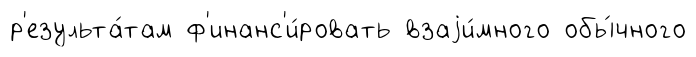
р'езульта́там ф'инанс'и́ровать взаjи́много обы́чного